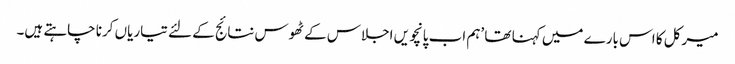
میرکل کا اس بارے میں کہنا تھا ’ہم اب پانچویں اجلاس کے ٹھوس نتائج کے لئے تیاریاں کرنا چاہتے ہیں۔